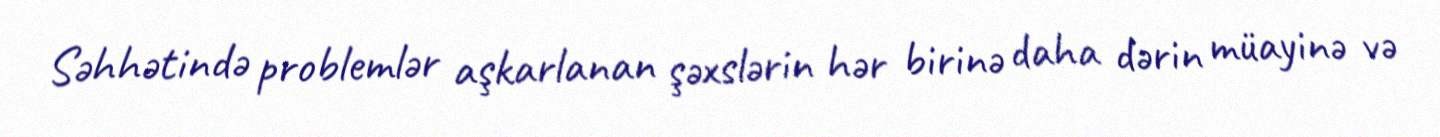
Səhhətində problemlər aşkarlanan şəxslərin hər birinə daha dərin müayinə və